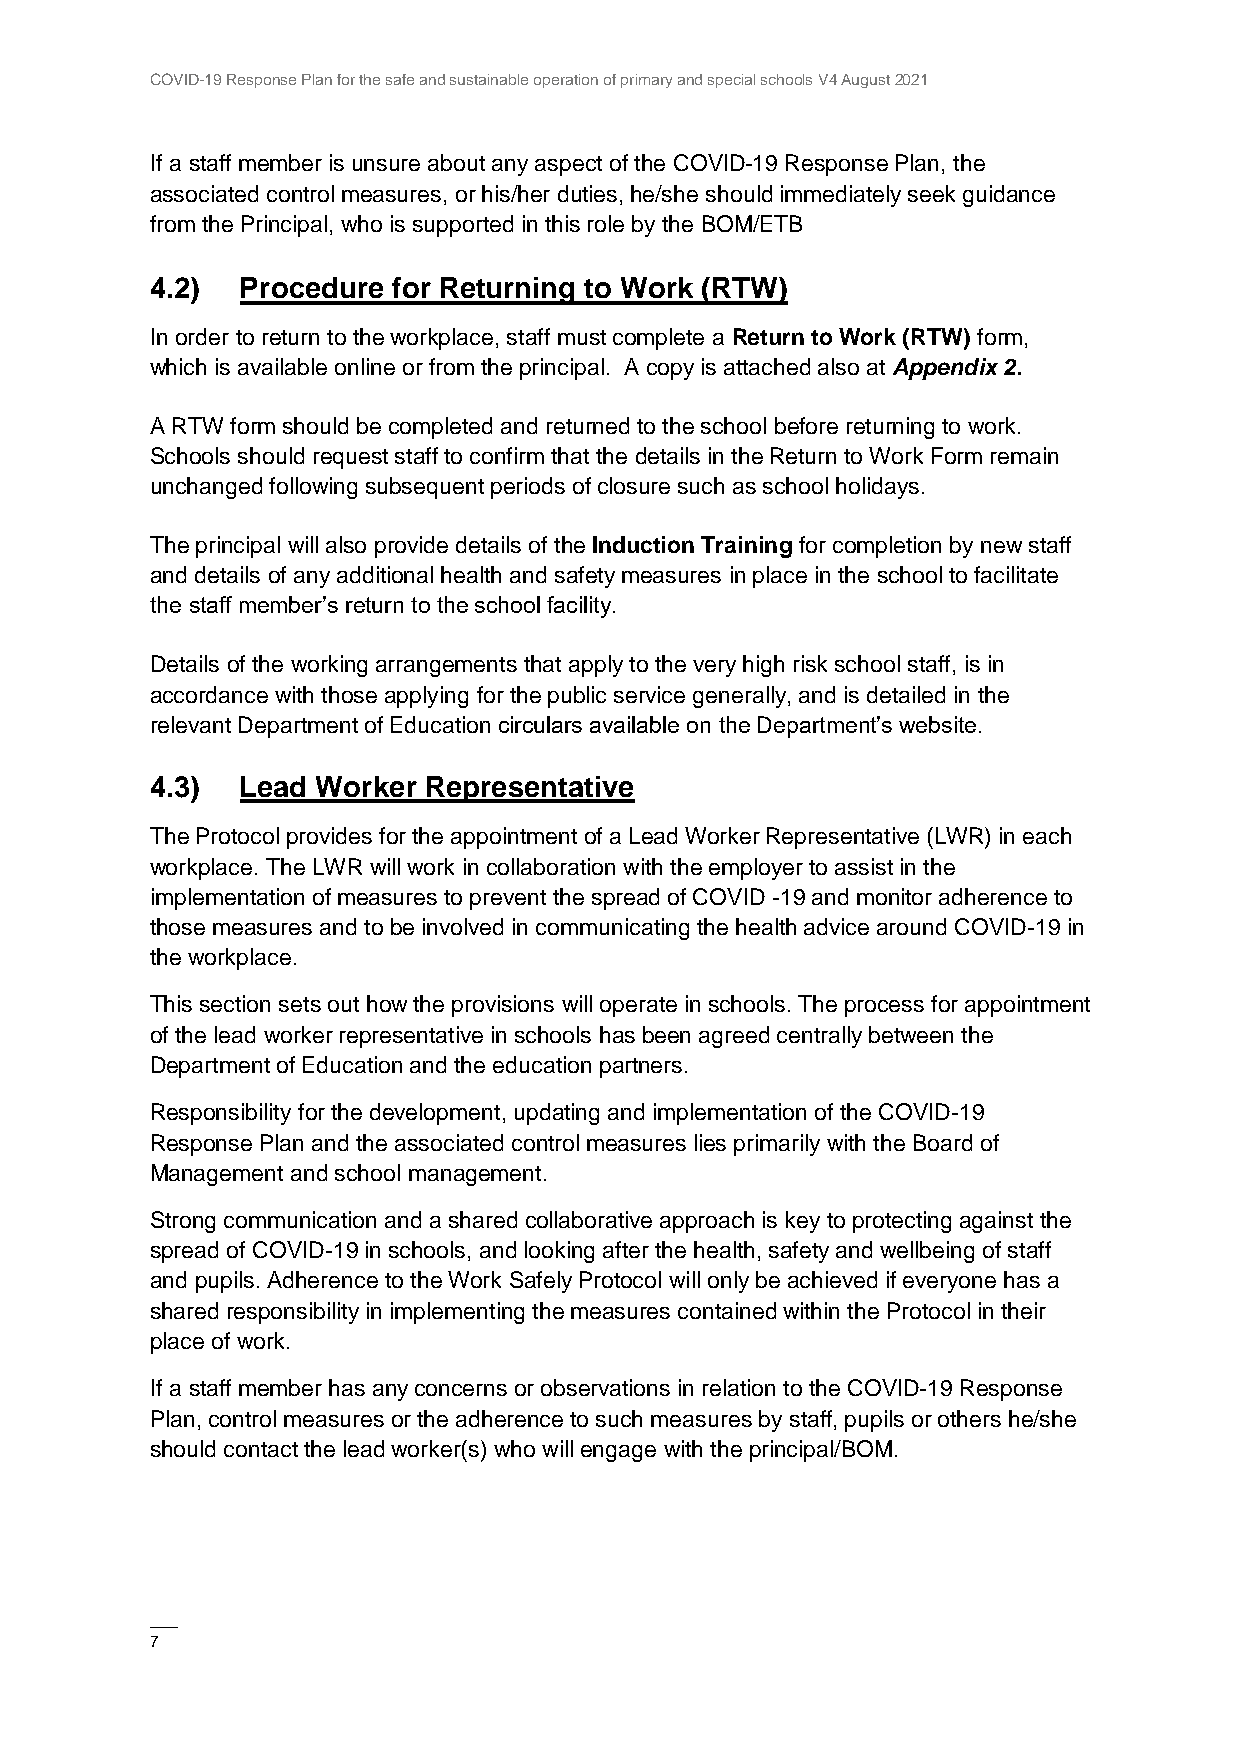
COVID-19 Response Plan for the safe and sustainable operation of primary and special schools V4 August 2021
 If a staff member is unsure about any aspect of the COVID-19 Response Plan, the
 associated control measures, or his/her duties, he/she should immediately seek guidance
 from the Principal, who is supported in this role by the BOM/ETB
 4.2)  Procedure for Returning to Work (RTW)
 In order to return to the workplace, staff must complete a Return to Work (RTW) form,
 which is available online or from the principal. A copy is attached also at Appendix 2.
 A RTW form should be completed and returned to the school before returning to work.
 Schools should request staff to confirm that the details in the Return to Work Form remain
 unchanged following subsequent periods of closure such as school holidays.
 The principal will also provide details of the Induction Training for completion by new staff
 and details of any additional health and safety measures in place in the school to facilitate
 the staff member’s return to the school facility.
 Details of the working arrangements that apply to the very high risk school staff, is in
 accordance with those applying for the public service generally, and is detailed in the
 relevant Department of Education circulars available on the Department’s website.
 4.3)  Lead Worker Representative
 The Protocol provides for the appointment of a Lead Worker Representative (LWR) in each
 workplace. The LWR will work in collaboration with the employer to assist in the
 implementation of measures to prevent the spread of COVID -19 and monitor adherence to
 those measures and to be involved in communicating the health advice around COVID-19 in
 the workplace.
 This section sets out how the provisions will operate in schools. The process for appointment
 of the lead worker representative in schools has been agreed centrally between the
 Department of Education and the education partners.
 Responsibility for the development, updating and implementation of the COVID-19
 Response Plan and the associated control measures lies primarily with the Board of
 Management and school management.
 Strong communication and a shared collaborative approach is key to protecting against the
 spread of COVID-19 in schools, and looking after the health, safety and wellbeing of staff
 and pupils. Adherence to the Work Safely Protocol will only be achieved if everyone has a
 shared responsibility in implementing the measures contained within the Protocol in their
 place of work.
 If a staff member has any concerns or observations in relation to the COVID-19 Response
 Plan, control measures or the adherence to such measures by staff, pupils or others he/she
 should contact the lead worker(s) who will engage with the principal/BOM.
 ——
 7